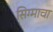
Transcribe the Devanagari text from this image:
सिग्माचा